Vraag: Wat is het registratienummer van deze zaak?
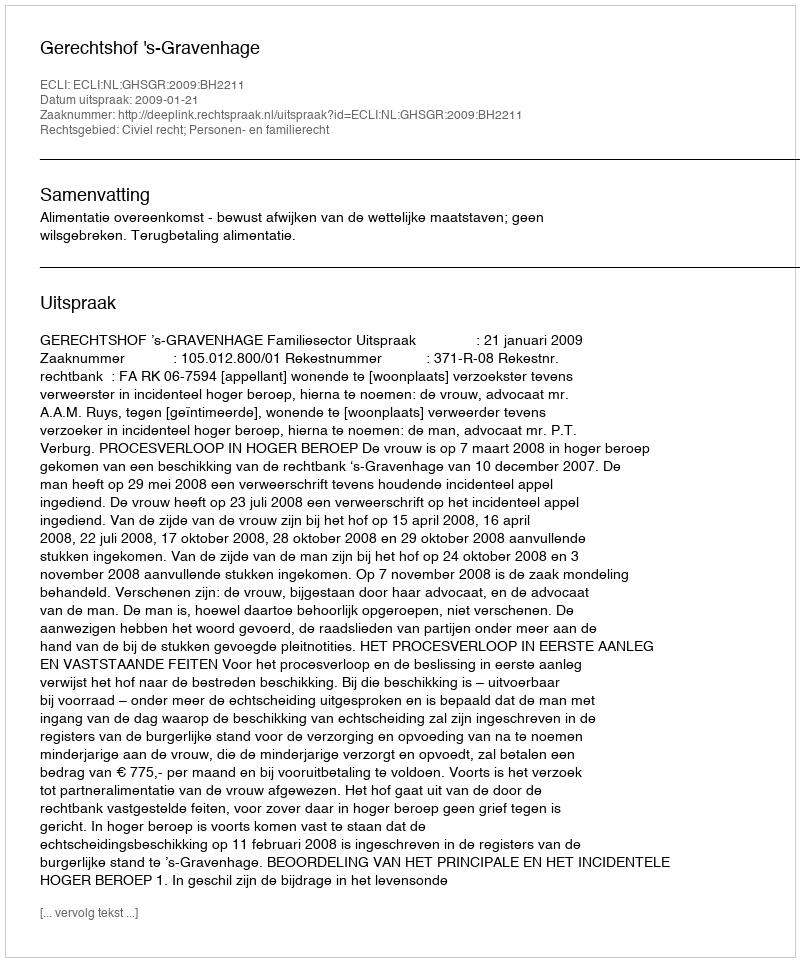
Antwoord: http://deeplink.rechtspraak.nl/uitspraak?id=ECLI:NL:GHSGR:2009:BH2211